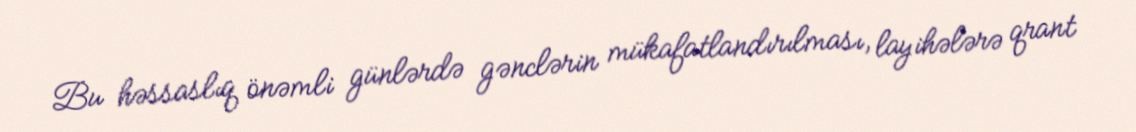
Bu həssaslıq önəmli günlərdə gənclərin mükafatlandırılması, layihələrə qrant